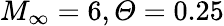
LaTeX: M_{\infty}=6,\mathit{\Theta}=0.25